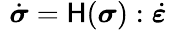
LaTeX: \, \, {\dot{\boldsymbol{\sigma}}}={\mathsf{H}}({\boldsymbol{\sigma}}):{\dot{\boldsymbol{\varepsilon}}}\,